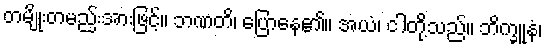
တမျိုးတမည်းအားဖြင့်။ ဘဏတိ၊ ပြောနေ၏။ အယံ၊ ငါတို့သည်။ ဘိက္ခူနံ၊